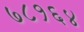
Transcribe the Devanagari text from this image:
७८१६४